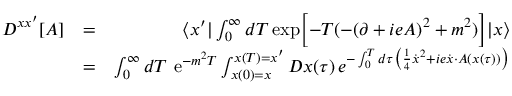
\begin{array} { r l r } { D ^ { x x ^ { \prime } } [ A ] } & { = } & { \langle x ^ { \prime } | \int _ { 0 } ^ { \infty } d T \, \mathrm { e x p } \Bigl \lbrack - T ( - ( \partial + i e A ) ^ { 2 } + m ^ { 2 } ) \Bigr \rbrack | x \rangle } \\ & { = } & { \int _ { 0 } ^ { \infty } d T \, \, \mathrm { e } ^ { - m ^ { 2 } T } \int _ { x ( 0 ) = x } ^ { x ( T ) = x ^ { \prime } } { \cal D } x ( \tau ) \, e ^ { - \int _ { 0 } ^ { T } d \tau \bigl ( { \frac { 1 } { 4 } } \dot { x } ^ { 2 } + i e \dot { x } \cdot A ( x ( \tau ) ) \bigr ) } } \end{array}